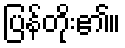
ပြန်တိုး၏။